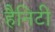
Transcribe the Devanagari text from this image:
हैनिटी